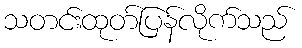
သတင်းထုတ်ပြန်လိုက်သည်